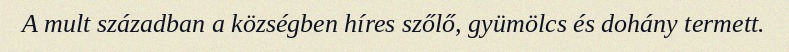
A mult században a községben híres szőlő, gyümölcs és dohány termett.